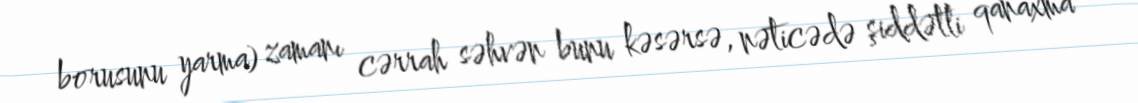
borusunu yarma) zamanı cərrah səhvən bunu kəsərsə, nəticədə şiddətli qanaxma